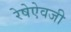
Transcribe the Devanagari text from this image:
रेषेऐवजी